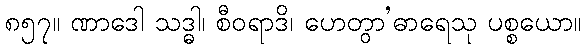
၈၅၇။ ဏာဒေါ သဒ္ဓါ၊ စီဝရာဒိ၊ ဟေတွာ’ဓာရေသု ပစ္စယော။